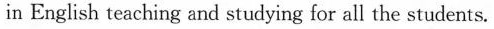
in English teaching and studying for all the students.